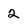
Character: 2